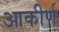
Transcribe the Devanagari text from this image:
आकीर्ण